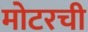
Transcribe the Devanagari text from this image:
मोटरची